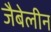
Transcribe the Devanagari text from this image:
जैबेलीन